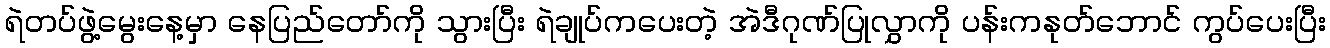
ရဲတပ်ဖွဲ့မွေးနေ့မှာ နေပြည်တော်ကို သွားပြီး ရဲချုပ်ကပေးတဲ့ အဲဒီဂုဏ်ပြုလွှာကို ပန်းကနုတ်ဘောင် ကွပ်ပေးပြီး